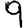
Digit: 9